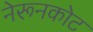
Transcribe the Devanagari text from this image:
नेरूनकोट